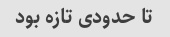
تا حدودی تازه بود